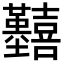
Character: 𡆒